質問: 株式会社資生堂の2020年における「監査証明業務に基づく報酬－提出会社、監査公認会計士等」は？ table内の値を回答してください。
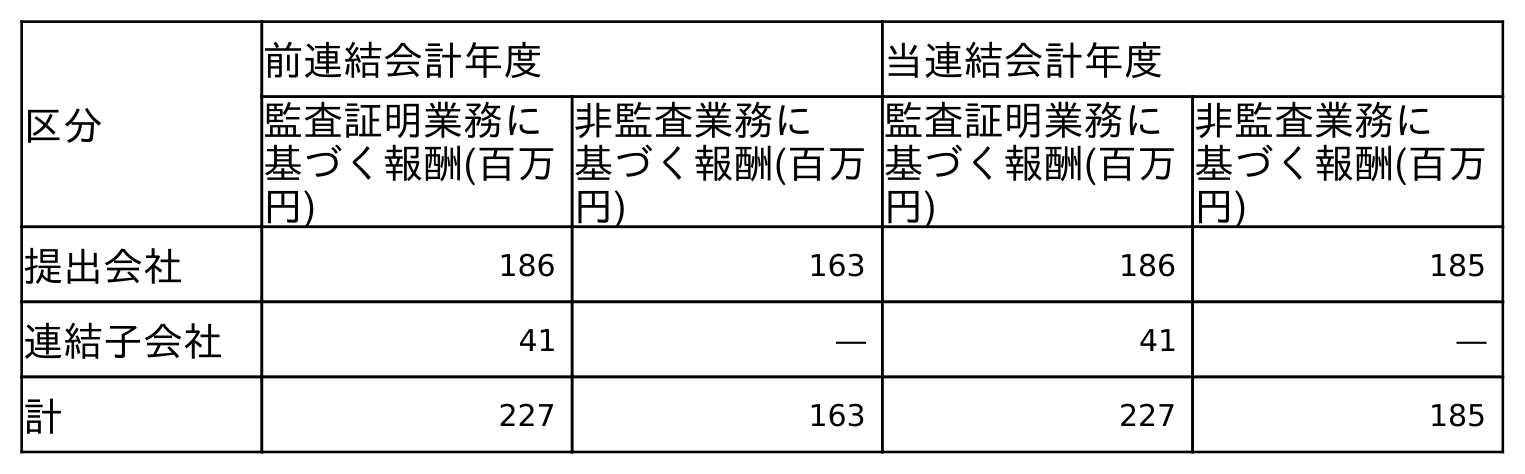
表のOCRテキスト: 区分 前連結会計年度 当連結会計年度 監査証明業務に 基づく報酬(百万 円) 非監査業務に 基づく報酬(百万 円) 監査証明業務に 基づく報酬(百万 円) 非監査業務に 基づく報酬(百万 円) 提出会社 186 163 186 185 連結子会社 41 ― 41 ― 計 227 163 227 185
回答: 186